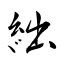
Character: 絀